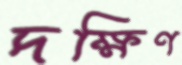
দক্ষিণ